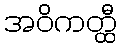
အဝိကတ္ထီ